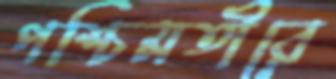
পশ্চিমতীরে